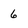
Character: 6